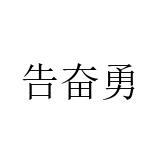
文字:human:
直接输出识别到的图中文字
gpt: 告奋勇